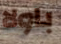
باولا